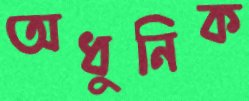
অধুনিক